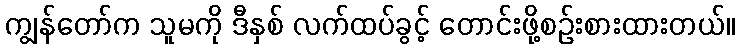
ကျွန်တော်က သူမကို ဒီနှစ် လက်ထပ်ခွင့် တောင်းဖို့စဉ်းစားထားတယ်။